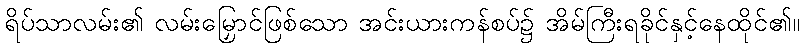
ရိပ်သာလမ်း၏ လမ်းမြှောင်ဖြစ်သော အင်းယားကန်စပ်၌ အိမ်ကြီးရခိုင်နှင့်နေထိုင်၏။